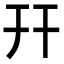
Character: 幵